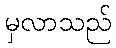
မှလာသည်